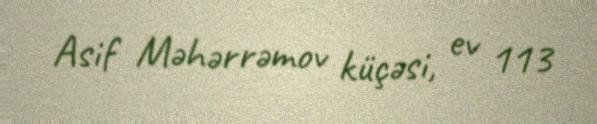
Asif Məhərrəmov küçəsi, ev 113